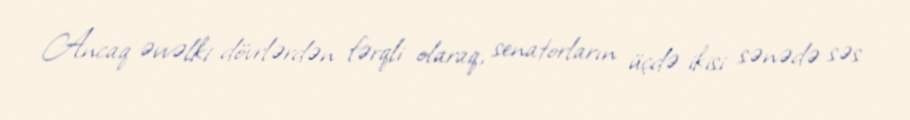
Ancaq əvvəlki dövrlərdən fərqli olaraq, senatorların üçdə ikisi sənədə səs